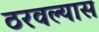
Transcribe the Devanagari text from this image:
ठरवल्यास